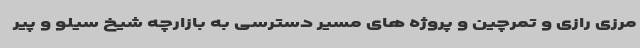
مرزی رازی و تمرچین و پروژه های مسیر دسترسی به بازارچه شیخ سیلو و پیر